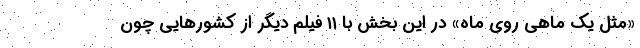
«مثل یک ماهی روی ماه» در این بخش با ۱۱ فیلم دیگر از کشورهایی چون